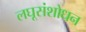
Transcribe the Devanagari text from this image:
लघूसंशोधन